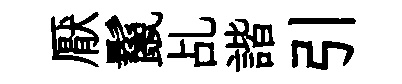
厭鬣乩諧引